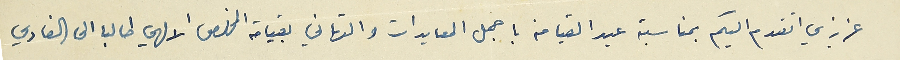
عزيزي اتقدم اليكم بمناسبة عيد القيامة باجمل المعايدات والتهاني بقيامة المخلص الالهي طالبا الى الفادي